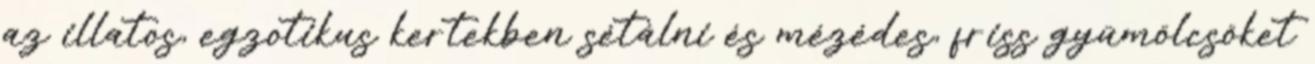
az illatos, egzotikus kertekben sétálni és mézédes, friss gyümölcsöket